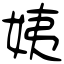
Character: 姨